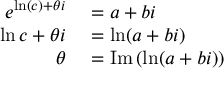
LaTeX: \begin{array} { r l } { e ^ { \ln ( c ) + \theta i } } & { { } = a + b i } \\ { \ln c + \theta i } & { { } = \ln ( a + b i ) } \\ { \theta } & { { } = \operatorname { I m } \left( \ln ( a + b i ) \right) } \end{array}